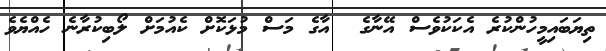
ތިޔަބައިމީހުންކުރެ އެކަކުވެސް އޭނާގެ  އާގެ މަސް މުޅަކޮށް ކެއުމަށް ލޯބިކުރާނެ ހެއްޔެވެ